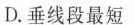
D.垂线段最短